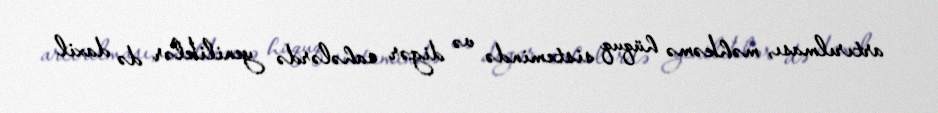
artırılması, məhkəmə hüquq sistemində və digər sahələrdə yeniliklər də daxil